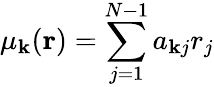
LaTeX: \mu_{\mathbf{k}}({\mathbf{r}})=\sum_{j=1}^{N-1}a_{\mathbf{k}j}r_{j}